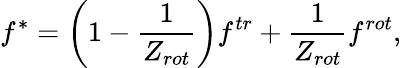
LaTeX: {f^{*}}=\left({1-\frac{1}{{{Z_{rot}}}}}\right){f^{tr}}+\frac{1}{{{Z_{rot}}}}{f^{rot}},